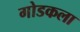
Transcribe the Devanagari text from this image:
गोडकला